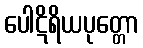
ပေါဋိရိယပုတ္တော